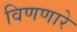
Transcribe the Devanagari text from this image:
विणणारे